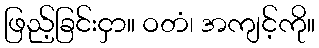
ဖြည့်ခြင်းငှာ။ ဝတံ၊ အကျင့်ကို။